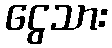
ငွေသား